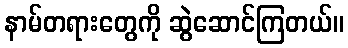
နာမ်တရားတွေကို ဆွဲဆောင်ကြတယ်။